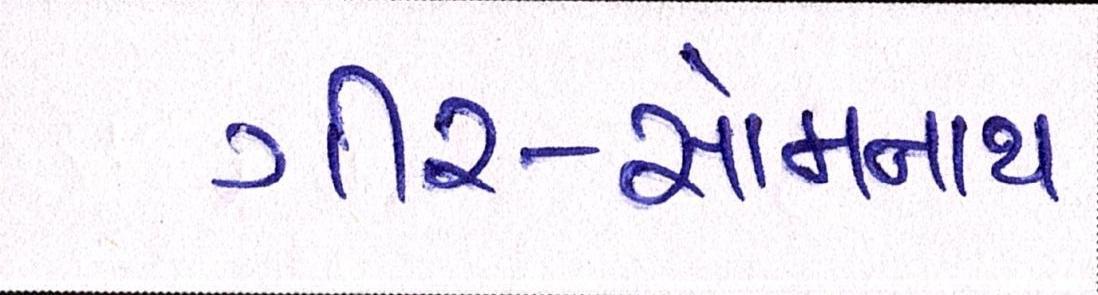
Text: ગીર-સોમનાથ